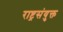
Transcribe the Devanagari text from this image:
राष्ट्रसंयुक्त